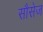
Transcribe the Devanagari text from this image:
सौसेज